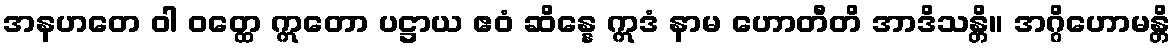
အနဟတေ ဝါ ဝတ္ထေ ဣတော ပဋ္ဌာယ ဧဝံ ဆိန္နေ ဣဒံ နာမ ဟောတီတိ အာဒိသန္တိ။ အဂ္ဂိဟောမန္တိ